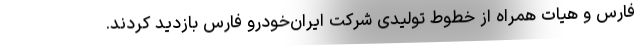
فارس و هیات همراه از خطوط تولیدی شرکت ایران‌خودرو فارس بازدید کردند.